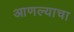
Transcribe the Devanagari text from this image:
आणल्याचा